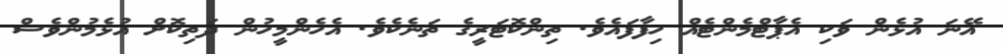
އޭނަ އުޅެން ވަކި އެޕާޓްމެންޓެއް ހިފާފައެވެ. ތިންކޮޓަރީގެ ތަނެކެވެ. އެހެންމީހުން ދަތިކޮށް އުޅެމުންވެސް